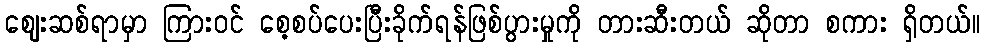
ဈေးဆစ်ရာမှာ ကြားဝင် စေ့စပ်ပေးပြီးခိုက်ရန်ဖြစ်ပွားမှုကို တားဆီးတယ် ဆိုတာ စကား ရှိတယ်။